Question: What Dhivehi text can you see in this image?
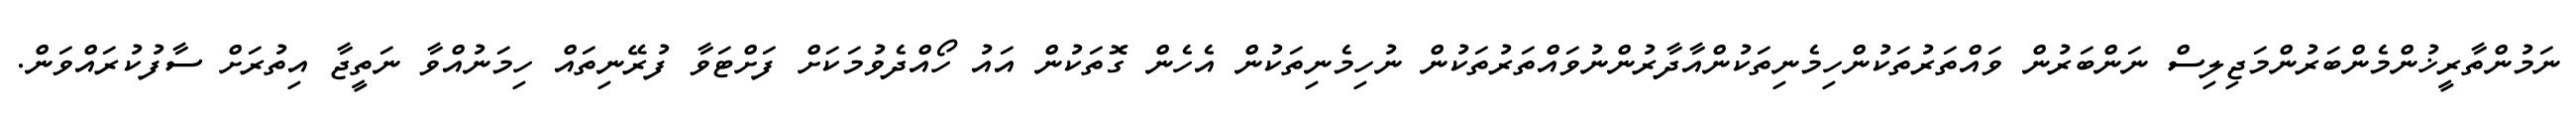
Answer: ނަމުންތާރީޚުންމެންބަރުންމަޖިލިސް ނަންބަރުން ވައްތަރުތަކުންހިމެނިތަކުންއާދާރުންނުވައްތަރުތަކުން ނުހިމެނިތަކުން އެހެން ގޮތަކުން އައު ހޯއްދެވުމަކަށް ފަށްޓަވާ ފުރޭނިތައް ހިމަނުއްވާ ނަތީޖާ އިތުރަށް ސާފުކުރައްވަން.